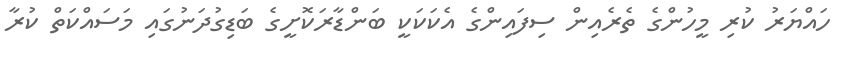
ހައްޔަރު ކުރި މީހުންގެ ތެރެއިން ސިފައިންގެ އެކަކަކީ ބަންޑާރަކޮށީގެ ބަޑިގުދަނުގައި މަސައްކަތް ކުރާ